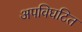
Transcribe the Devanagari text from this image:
अपविघटित